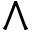
\wedge